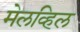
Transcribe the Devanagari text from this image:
मेलव्हिल